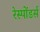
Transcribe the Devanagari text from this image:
रेस्पोंडर्स